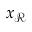
{ x } _ { \mathcal { R } }